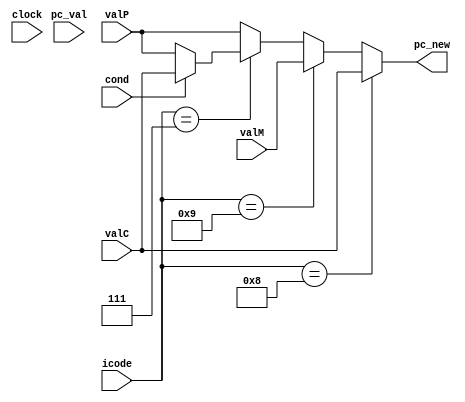
module pc_update(pc_val,icode,valC,valM,valP,pc_new,clock,cond);

input [63:0] pc_val,valC,valM,valP;
input [3:0] icode;
input clock,cond;
output reg [63:0] pc_new;

always@(*) begin
    if(icode == 4'b1000)
        pc_new = valC;
    else if(icode == 4'b1001)
        pc_new = valM;
    else if(icode == 4'b0111)
    begin
        if(cond == 1'b1)
            pc_new = valC;
        else
            pc_new = valP;
    end
    else
        pc_new = valP;
end
endmodule